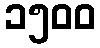
၁၅၀၀